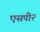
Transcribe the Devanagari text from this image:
एसपी२